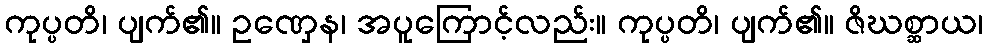
ကုပ္ပတိ၊ ပျက်၏။ ဥဏှေန၊ အပူကြောင့်လည်း။ ကုပ္ပတိ၊ ပျက်၏။ ဇိဃစ္ဆာယ၊